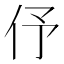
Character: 伃